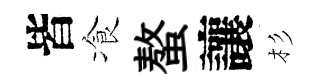
皆飡螯讓杉